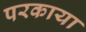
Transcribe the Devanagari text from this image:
परकाया